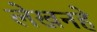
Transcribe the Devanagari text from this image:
लेखनहे